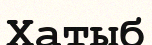
Хатыб